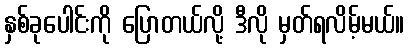
နှစ်ခုပေါင်းကို ပြောတယ်လို့ ဒီလို မှတ်ရလိမ့်မယ်။